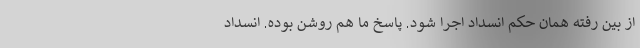
از بين رفته همان حكم انسداد اجرا شود. پاسخ ما هم روشن بوده. انسداد